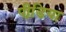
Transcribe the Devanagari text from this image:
पीडि़या